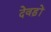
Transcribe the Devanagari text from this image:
देवड़ों